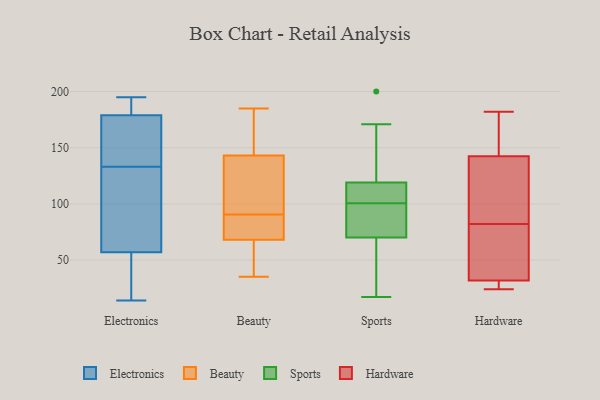
{"axis": {"x": "Customer Acquisition Cost (USD)", "y": "Value"}, "legend": ["Beauty", "Electronics", "Hardware", "Sports"], "data": [{"x": "", "y": 164, "type": "Electronics"}, {"x": "", "y": 22, "type": "Electronics"}, {"x": "", "y": 179, "type": "Electronics"}, {"x": "", "y": 77, "type": "Electronics"}, {"x": "", "y": 14, "type": "Electronics"}, {"x": "", "y": 184, "type": "Electronics"}, {"x": "", "y": 149, "type": "Electronics"}, {"x": "", "y": 136, "type": "Electronics"}, {"x": "", "y": 43, "type": "Electronics"}, {"x": "", "y": 94, "type": "Electronics"}, {"x": "", "y": 130, "type": "Electronics"}, {"x": "", "y": 195, "type": "Electronics"}, {"x": "", "y": 193, "type": "Electronics"}, {"x": "", "y": 57, "type": "Electronics"}, {"x": "", "y": 61, "type": "Beauty"}, {"x": "", "y": 185, "type": "Beauty"}, {"x": "", "y": 174, "type": "Beauty"}, {"x": "", "y": 72, "type": "Beauty"}, {"x": "", "y": 86, "type": "Beauty"}, {"x": "", "y": 146, "type": "Beauty"}, {"x": "", "y": 92, "type": "Beauty"}, {"x": "", "y": 112, "type": "Beauty"}, {"x": "", "y": 89, "type": "Beauty"}, {"x": "", "y": 140, "type": "Beauty"}, {"x": "", "y": 64, "type": "Beauty"}, {"x": "", "y": 35, "type": "Beauty"}, {"x": "", "y": 97, "type": "Sports"}, {"x": "", "y": 110, "type": "Sports"}, {"x": "", "y": 119, "type": "Sports"}, {"x": "", "y": 101, "type": "Sports"}, {"x": "", "y": 70, "type": "Sports"}, {"x": "", "y": 65, "type": "Sports"}, {"x": "", "y": 46, "type": "Sports"}, {"x": "", "y": 171, "type": "Sports"}, {"x": "", "y": 70, "type": "Sports"}, {"x": "", "y": 17, "type": "Sports"}, {"x": "", "y": 113, "type": "Sports"}, {"x": "", "y": 156, "type": "Sports"}, {"x": "", "y": 74, "type": "Sports"}, {"x": "", "y": 100, "type": "Sports"}, {"x": "", "y": 200, "type": "Sports"}, {"x": "", "y": 111, "type": "Sports"}, {"x": "", "y": 154, "type": "Sports"}, {"x": "", "y": 49, "type": "Sports"}, {"x": "", "y": 82, "type": "Hardware"}, {"x": "", "y": 26, "type": "Hardware"}, {"x": "", "y": 24, "type": "Hardware"}, {"x": "", "y": 28, "type": "Hardware"}, {"x": "", "y": 164, "type": "Hardware"}, {"x": "", "y": 137, "type": "Hardware"}, {"x": "", "y": 159, "type": "Hardware"}, {"x": "", "y": 40, "type": "Hardware"}, {"x": "", "y": 33, "type": "Hardware"}, {"x": "", "y": 77, "type": "Hardware"}, {"x": "", "y": 182, "type": "Hardware"}, {"x": "", "y": 84, "type": "Hardware"}, {"x": "", "y": 105, "type": "Hardware"}]}